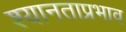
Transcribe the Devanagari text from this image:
श्यानताप्रभाव